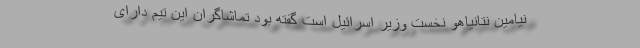
نیامین نتانیاهو نخست وزیر اسرائیل است گفته بود تماشاگران این تیم دارای